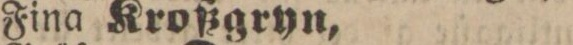
Fina Kroßgryn,